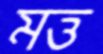
মত্ত